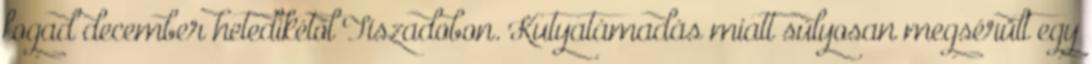
fogad december hetedikétől Tiszadobon. Kutyatámadás miatt súlyosan megsérült egy